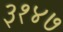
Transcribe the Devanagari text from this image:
३१४७